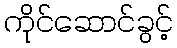
ကိုင်ဆောင်ခွင့်